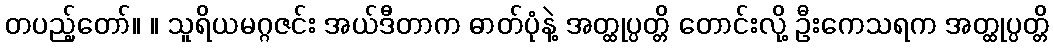
တပည့်တော်။ ။ သူရိယမဂ္ဂဇင်း အယ်ဒီတာက ဓာတ်ပုံနဲ့ အတ္ထုပ္ပတ္တိ တောင်းလို့ ဦးကေသရက အတ္ထုပ္ပတ္တိ